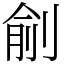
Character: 㓱